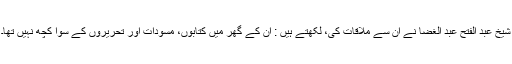
شیخ عبد الفتح عبد الغضا نے ان سے ملاقات کی، لکھتے ہیں : ان کے گھر میں کتابوں، مسودات اور تحریروں کے سوا کچھ نہیں تھا۔